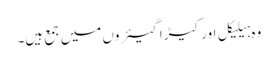
وہ ہیلیکل اور کیڑا گیئروں میں جمع ہیں۔